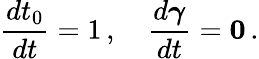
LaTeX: \frac{dt_{0}}{dt}=1\, ,\quad\frac{d\boldsymbol{\gamma}}{dt}={\mathbf 0}\, .